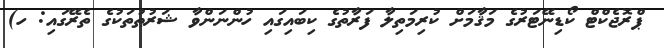
ޕްރޮޖެކްޓް ކޯޑިނޭޓަރުގެ މަޤާމަށް ކުރިމަތިލާ ފަރާތުގެ ކިބައިގައި ހުންނަންވާ ޝަރުޠުތަކުގެ ތެރޭގައި: ހ)